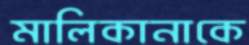
মালিকানাকে